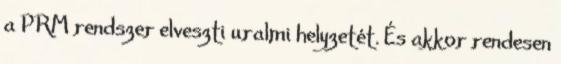
a PRM rendszer elveszti uralmi helyzetét. És akkor rendesen